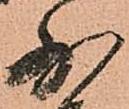
少